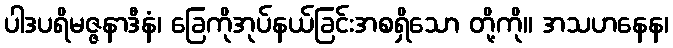
ပါဒပရိမဇ္ဇနာဒီနံ၊ ခြေကိုအုပ်နယ်ခြင်းအစရှိသော တို့ကို။ အသဟနေန၊